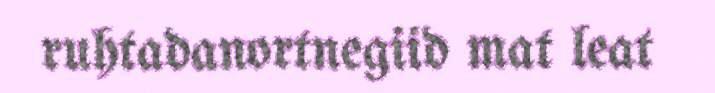
ruhtadanortnegiid mat leat